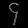
Digit: ၄